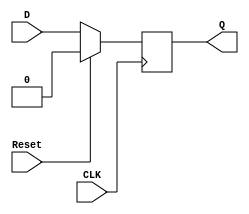
module D_FlipFlop (
	output Q,
	input D, CLK, Reset);
	
	reg Q;
	wire D, CLK, Reset;
	
	// Always take a sample at the posedge edge of the clip
	// This provides the "edge triggered" characteristic of
	// the Flip Flop
	always @ (posedge CLK) begin
		if (Reset) begin	// If reset is active, set the output to zero
			Q = 1'b0;
		end
		else begin	// Else if reset is inactive, trigger the correct output
			Q = D;
		end
	end
	
	
endmodule